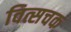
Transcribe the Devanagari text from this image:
वित्सचक